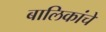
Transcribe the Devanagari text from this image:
बालिकांचे